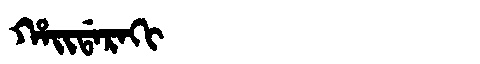
Manchu: ᡥᠠᡳᡩᠠᡵᠠᡴᡳ
Romanization: HAIDARAKI